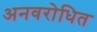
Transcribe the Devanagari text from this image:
अनवरोधित